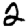
Digit: 2